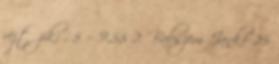
rejtőzik: . 5 = 9,55 2. Babszem Jankó 25